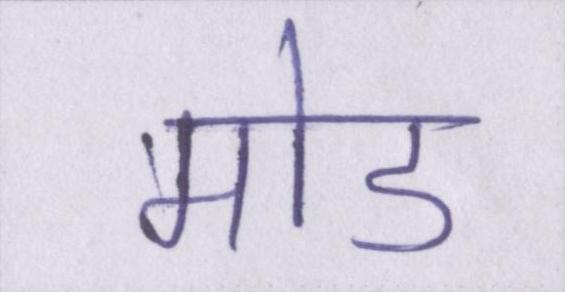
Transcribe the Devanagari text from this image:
मोड